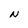
Character: N